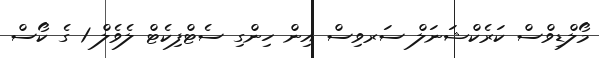
މޯލްޑިވްސް ކަރެކްޝަނަލް ސަރވިސް އިން ހިންގި ސެޓްފިކެޓް ލެވެލް 1 ގެ ކޯސް